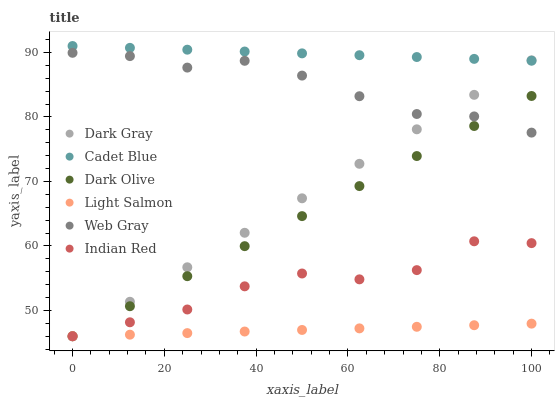
| xaxis_label | Dark Gray | Cadet Blue | Dark Olive | Light Salmon | Web Gray | Indian Red |
 | --- | --- | --- | --- | --- | --- | --- |
 | 0 | 46 | 91 | 46 | 46 | 89.9 | 46 |
 | 12.5 | 51.3 | 90.7 | 50.7 | 46.2 | 89.4 | 48.2 |
 | 25 | 56.7 | 90.4 | 55.3 | 46.5 | 87.7 | 50.1 |
 | 37.5 | 62 | 90.1 | 60 | 46.7 | 88.7 | 53.7 |
 | 50 | 67.4 | 89.9 | 64.6 | 47 | 86.4 | 55.7 |
 | 62.5 | 72.7 | 89.6 | 69.3 | 47.2 | 83.2 | 54.8 |
 | 75 | 78.1 | 89.3 | 73.9 | 47.5 | 80.5 | 56.3 |
 | 87.5 | 83.4 | 89 | 78.6 | 47.7 | 80.1 | 60.7 |
 | 100 | 88.8 | 88.7 | 83.3 | 48 | 77.6 | 60.4 |